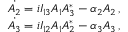
\begin{array} { r } { \dot { A _ { 2 } } = i I _ { 1 3 } A _ { 1 } A _ { 3 } ^ { * } - \alpha _ { 2 } A _ { 2 } \mathrm { \, , } } \\ { \dot { A _ { 3 } } = i I _ { 1 2 } A _ { 1 } A _ { 2 } ^ { * } - \alpha _ { 3 } A _ { 3 } \mathrm { \, , } } \end{array}